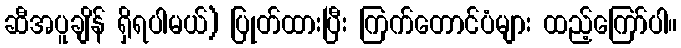
ဆီအပူချိန် ရှိရပါမယ်) ပြုတ်ထားပြီး ကြက်တောင်ပံများ ထည့်ကြော်ပါ။